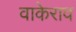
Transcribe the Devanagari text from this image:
वाकेराव